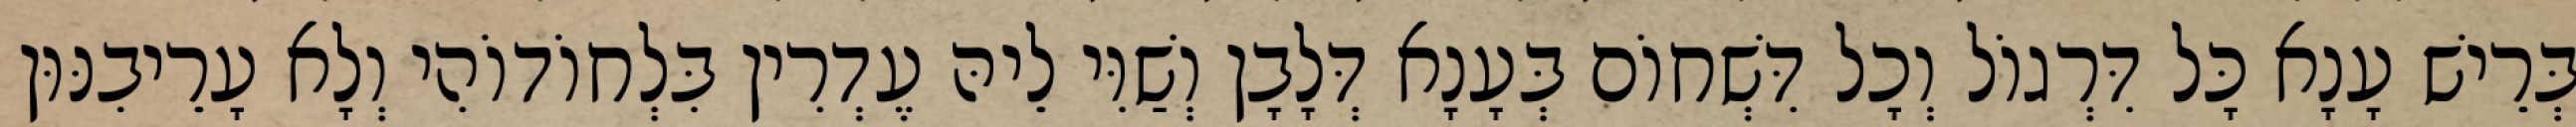
בְּרֵישׁ עָנָא כָּל דִּרְגוֹל וְכָל דִּשְׁחוֹם בְּעָנָא דְּלָבָן וְשַׁוִּי לֵיהּ עֶדְרִין בִּלְחוֹדוֹהִי וְלָא עָרֵיבִנּוּן